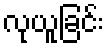
လုယူခြင်း